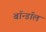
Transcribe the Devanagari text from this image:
बॉन्डॉल